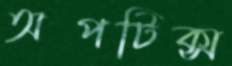
অপটিক্স